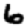
Digit: 6